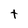
Character: t